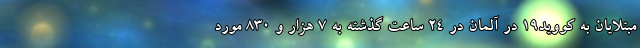
مبتلایان به کووید۱۹ در آلمان در ۲۴ ساعت گذشته به ۷ هزار و ۸۳۰ مورد